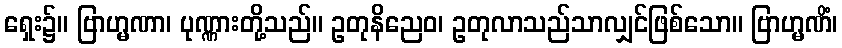
ရှေး၌။ ဗြာဟ္မဏာ၊ ပုဏ္ဏားတို့သည်။ ဥတုနိညေဝ၊ ဥတုလာသည်သာလျှင်ဖြစ်သော။ ဗြာဟ္မဏိံ၊